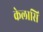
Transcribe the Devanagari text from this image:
केलासि